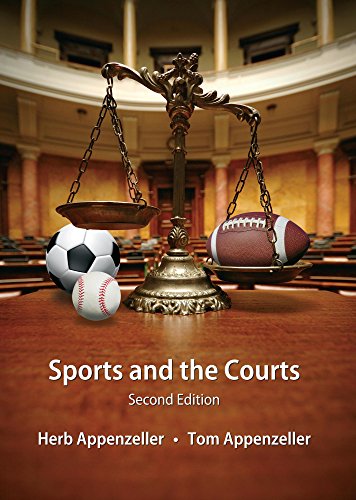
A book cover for Sports and the Courts; Herb Appenzeller; Law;